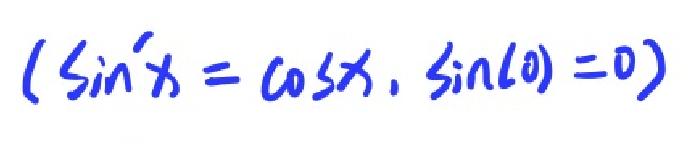
$(\sin^{\prime}x = \cos x,\sin(0)=0)$